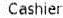
CASHIER